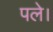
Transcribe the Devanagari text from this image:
पले।